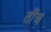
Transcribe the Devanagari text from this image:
तींच